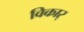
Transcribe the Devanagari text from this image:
विकार्